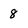
Character: 8